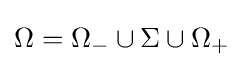
\Omega =\Omega _{-}\cup \Sigma \cup \Omega _{+}